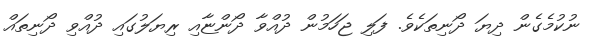
ނުކުމެގެން ދިޔަ ދޯނިތަކެވެ. ފަލި ޖަހަމުން ދުއްވާ ދޯންޏާއި ރިޔަލުގައި ދުއްވި ދޯނިތައް